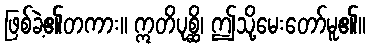
ဖြစ်ခဲ့၏တကား။ ဣတိပုစ္ဆိ၊ ဤသို့မေးတော်မူ၏။